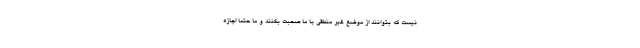
نیست که بتوانند از موضع غیر منطقی با ما صحبت بکنند و ما حتما اجازه